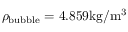
\rho _ { \mathrm { { b u b b l e } } } = 4 . 8 5 9 \mathrm { { k g / m ^ { 3 } } }